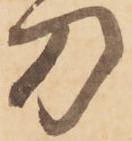
刀